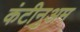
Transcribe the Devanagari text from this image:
कंटीनुअम